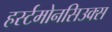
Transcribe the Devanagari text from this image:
हर्स्टमोनसिउक्स